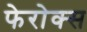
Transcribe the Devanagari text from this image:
फेरोक्स